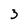
Character: 3